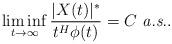
LaTeX: \begin{align*}\liminf_{t \to \infty}\frac{|X(t)|^*}{t^H\phi(t)} = C \mbox{ {\em a.s.}}.\end{align*}